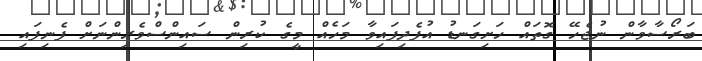
ބަރޯސާވާން ނުޖެހޭ ގޮތައް ހަށިގަނޑު އުފެދިފައިވާ މަހެއް މީގެ ކުރިން ސައިންސްވެރިންނަށް ފެނިފައި